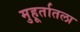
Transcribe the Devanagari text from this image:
मुहूर्तातला